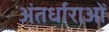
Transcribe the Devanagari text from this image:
अंतर्धाराओं